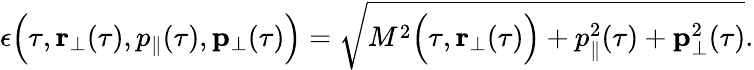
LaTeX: \epsilon\Bigl(\tau,{\mathbf r}_{\perp}(\tau),p_{\parallel}(\tau),{\mathbf p}_{\perp}(\tau)\Bigr)=\sqrt{M^{2}\Bigl(\tau,{\mathbf r}_{\perp}(\tau)\Bigr)+p_{\parallel}^{2}(\tau)+{\mathbf p}_{\perp}^{2}(\tau)}.